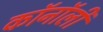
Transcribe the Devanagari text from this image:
कॉनॉली